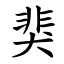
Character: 猆